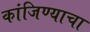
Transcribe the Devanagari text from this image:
कांजिण्याचा